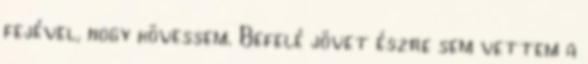
fejével, hogy kövessem. Befelé jövet észre sem vettem a